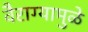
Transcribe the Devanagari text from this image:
वैराग्यामुळे